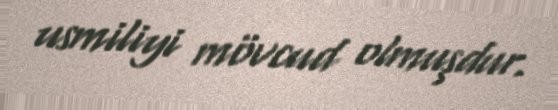
usmiliyi mövcud olmuşdur.